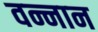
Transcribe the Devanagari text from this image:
वन्नान